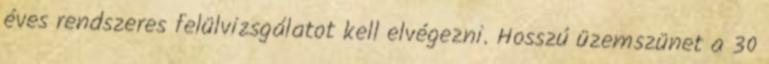
éves rendszeres felülvizsgálatot kell elvégezni. Hosszú üzemszünet a 30